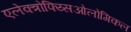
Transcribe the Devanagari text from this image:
एलेक्त्रोफ्य्सिओलोगिकल